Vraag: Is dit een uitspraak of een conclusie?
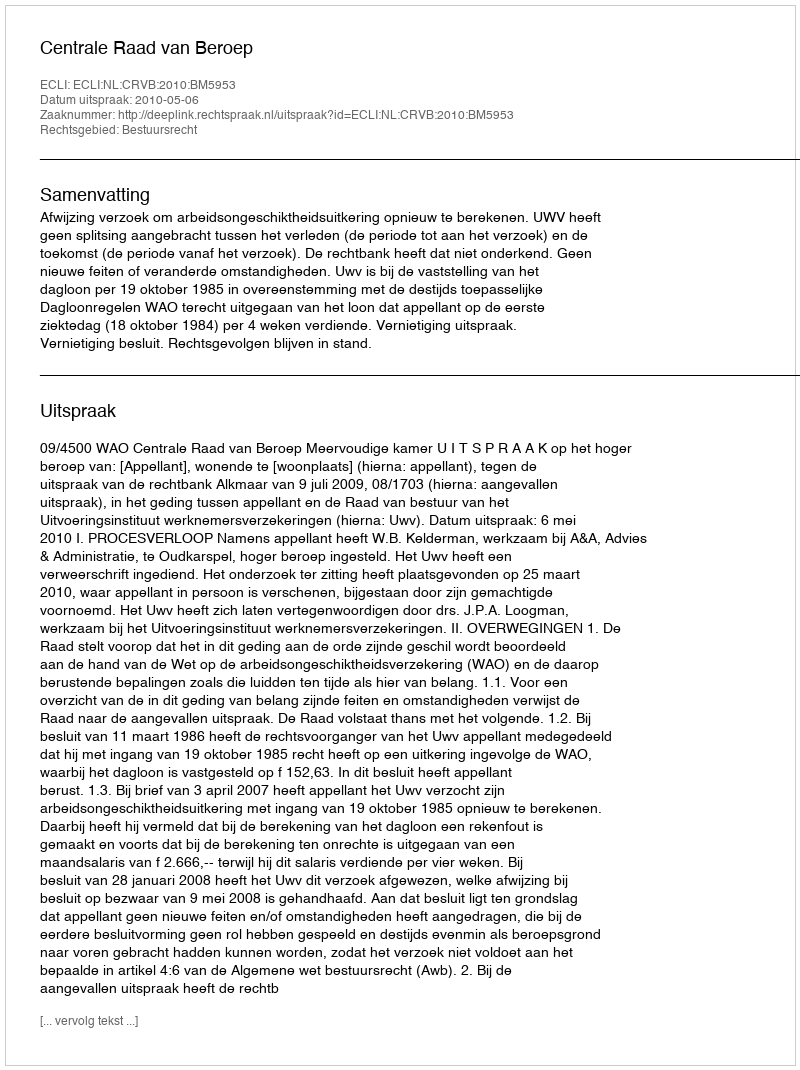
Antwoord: Uitspraak